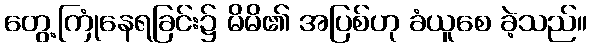
တွေ့ကြုံနေရခြင်း၌ မိမိ၏ အပြစ်ဟု ခံယူစေ ခဲ့သည်။